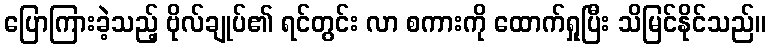
ပြောကြားခဲ့သည့် ဗိုလ်ချုပ်၏ ရင်တွင်း လာ စကားကို ထောက်ရှုပြီး သိမြင်နိုင်သည်။